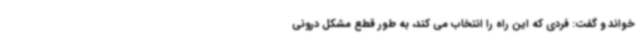
خواند و گفت: فردی که این راه را انتخاب می کند، به طور قطع مشکل درونی